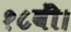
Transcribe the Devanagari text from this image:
१८वीं।